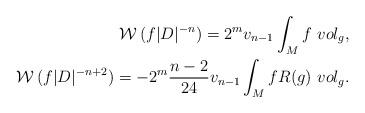
LaTeX: \begin{align*}\begin{aligned}\mathcal{W}\,(f|D|^{-n})= 2^{m} v_{n-1} \int _{M} f~vol_{g},\\\mathcal{W}\,(f |D|^{-n+2})= -2^{m} \frac{n-2}{24} v_{n-1} \int _{M}f R(g)~vol_{g} .\end{aligned}\end{align*}